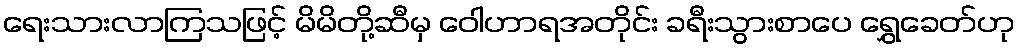
ရေးသားလာကြသဖြင့် မိမိတို့ဆီမှ ဝေါဟာရအတိုင်း ခရီးသွားစာပေ ရွှေခေတ်ဟု